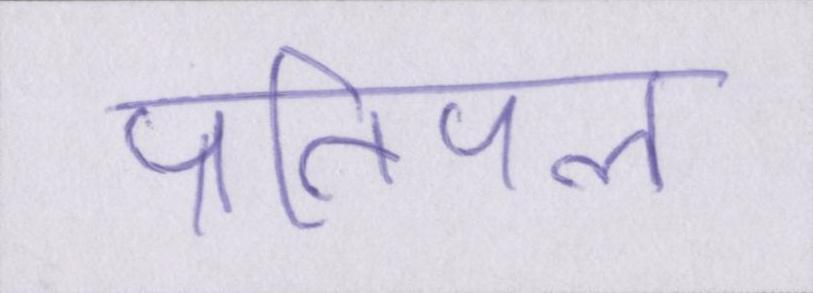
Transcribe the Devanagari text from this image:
प्रतिपल